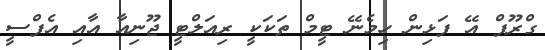
ގްރޫޕް އޭ ފަޅިން ހިމެނޭ ޓީމް ތަކަކީ ރިއަލްޓީ ޖޫނިއާ އާއި އެފްސީ